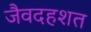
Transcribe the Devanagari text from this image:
जैवदहशत